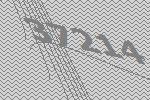
37214